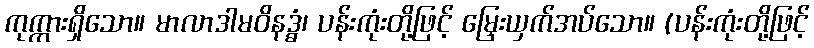
ကုက္ကားရှိသော။ မာလာဒါမဝိနဒ္ဓံ၊ ပန်းကုံးတို့ဖြင့် မြှေးယှက်အပ်သော။ (ပန်းကုံးတို့ဖြင့်